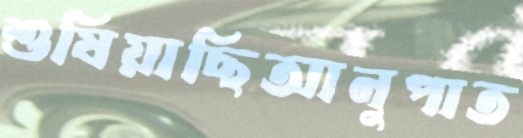
শুষিয়াছিআনুপাত